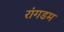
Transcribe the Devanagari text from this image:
रांगडम